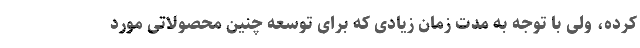
کرده، ولی با توجه به مدت زمان زیادی که برای توسعه چنین محصولاتی مورد